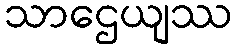
သာဌေယျဿ